Punjab Mental Hospital Lahore 1932-46 - 1932-1946
Year: 1932
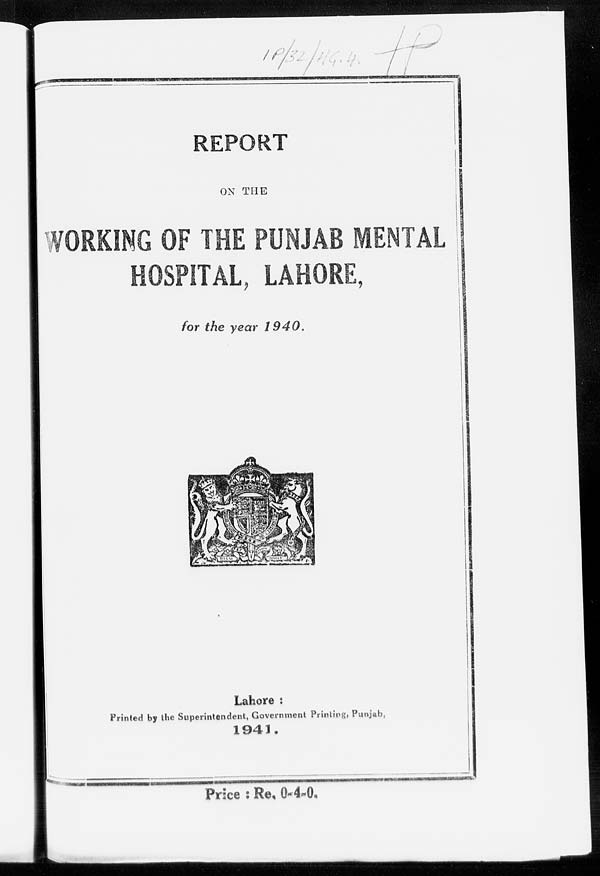
REPORT
ON THE
WORKING OF THE PUNJAB MENTAL
HOSPITAL, LAHORE,
for the year
1940.
Lahore :
Printed by the Superintendent, Government Printing, Punjab,
1941.
Price : Re. 0-4-0.